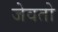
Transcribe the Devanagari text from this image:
जेवतो